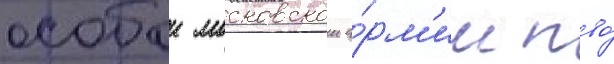
особои московскои а́рм'ии пво́